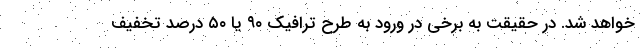
خواهد شد. در حقیقت به برخی در ورود به طرح ترافیک ۹۰ یا ۵۰ درصد تخفیف